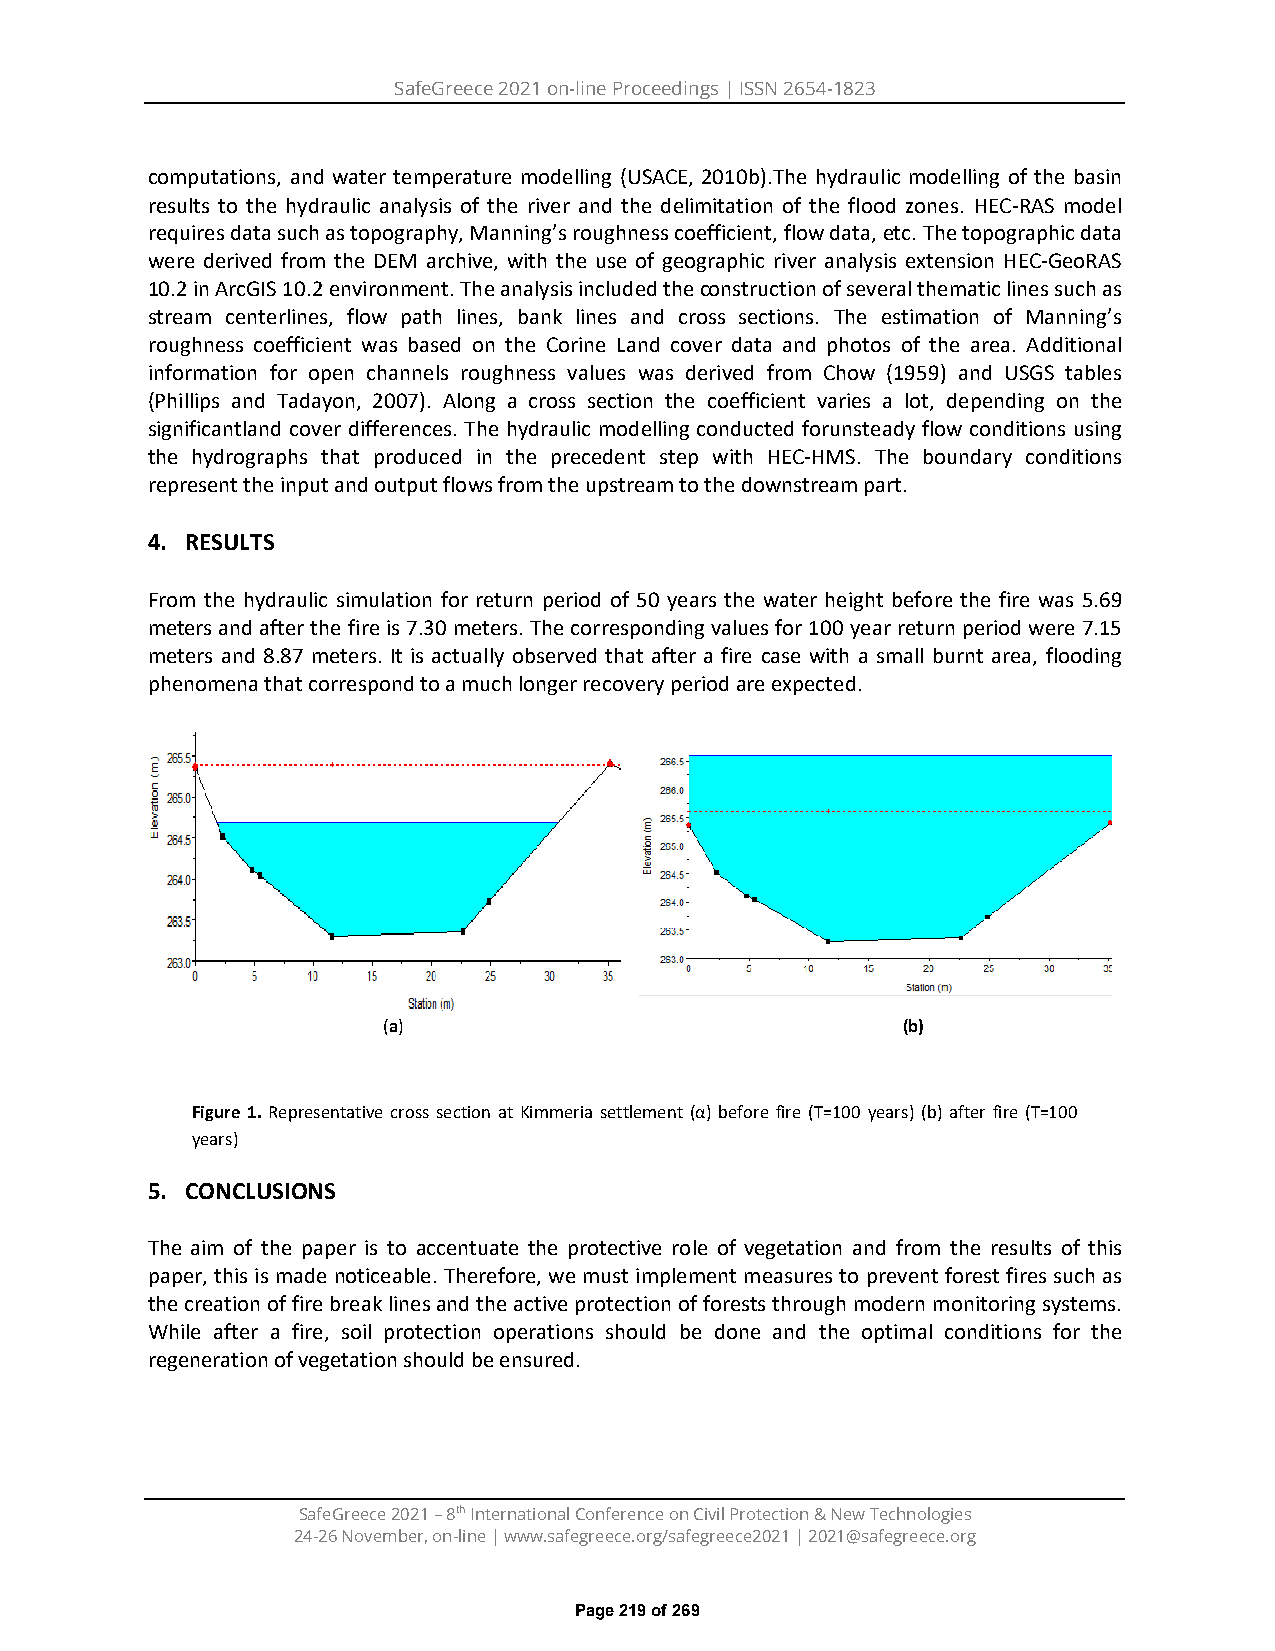
SafeGreece 2021 on-line Proceedings | ISSN 2654-1823
 computations, and water temperature modelling (USACE, 2010b).The hydraulic modelling of the basin
 results to the hydraulic analysis of the river and the delimitation of the flood zones. HEC-RAS model
 requires data such as topography, Manning’s roughness coefficient, flow data, etc. The topographic data
 were derived from the DEM archive, with the use of geographic river analysis extension HEC-GeoRAS
 10.2 in ArcGIS 10.2 environment. The analysis included the construction of several thematic lines such as
 stream centerlines, flow path lines, bank lines and cross sections. The estimation of Manning’s
 roughness coefficient was based on the Corine Land cover data and photos of the area. Additional
 information for open channels roughness values was derived from Chow (1959) and USGS tables
 (Phillips and Tadayon, 2007). Along a cross section the coefficient varies a lot, depending on the
 significantland cover differences. The hydraulic modelling conducted forunsteady flow conditions using
 the hydrographs that produced in the precedent step with HEC-HMS. The boundary conditions
 represent the input and output flows from the upstream to the downstream part.
 4. RESULTS
 From the hydraulic simulation for return period of 50 years the water height before the fire was 5.69
 meters and after the fire is 7.30 meters. The corresponding values for 100 year return period were 7.15
 meters and 8.87 meters. It is actually observed that after a fire case with a small burnt area, flooding
 phenomena that correspond to a much longer recovery period are expected.
 (a)                                (b)
 Figure 1. Representative cross section at Kimmeria settlement (α) before fire (Τ=100 years) (b) after fire (Τ=100
 years)
 5. CONCLUSIONS
 The aim of the paper is to accentuate the protective role of vegetation and from the results of this
 paper, this is made noticeable. Therefore, we must implement measures to prevent forest fires such as
 the creation of fire break lines and the active protection of forests through modern monitoring systems.
 While after a fire, soil protection operations should be done and the optimal conditions for the
 regeneration of vegetation should be ensured.
 SafeGreece 2021 – 8th International Conference on Civil Protection & New Technologies
 24-26 November, on-line | www.safegreece.org/safegreece2021 | 2021@safegreece.org
 Page 219 of 269